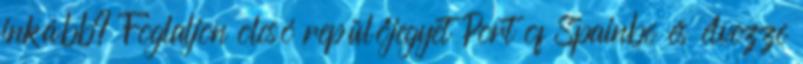
inkább? Foglaljon olcsó repülőjegyet Port of Spainbe és élvezze